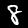
Label: 8